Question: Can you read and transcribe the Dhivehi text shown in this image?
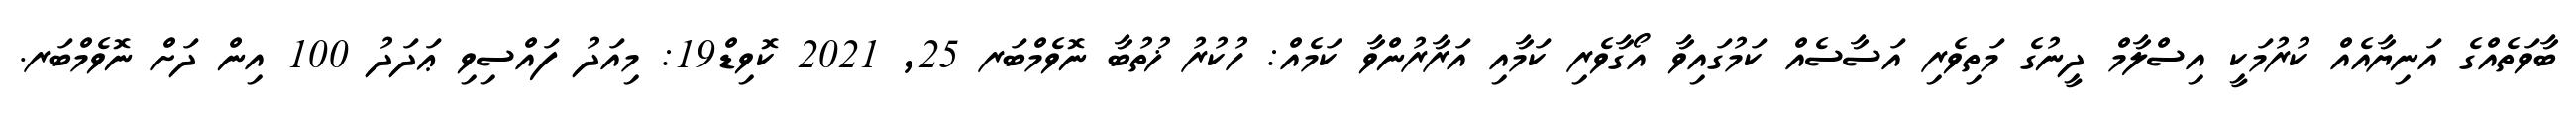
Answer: ބާވަތެއްގެ އަނިޔާއެއް ކުރުމަކީ އިސްލާމް ދީނުގެ މަތިވެރި އަސާސެއް ކަމުގައިވާ އޯގާވެރި ކަމާއި އަރާރުންވާ ކަމެއް: ހުކުރު ޚުތުބާ ނޮވެމްބަރ 25, 2021 ކޮވިޑް19: މިއަދު ފައްސިވި ޢަދަދު 100 އިން ދަށް ނޮވެމްބަރ.